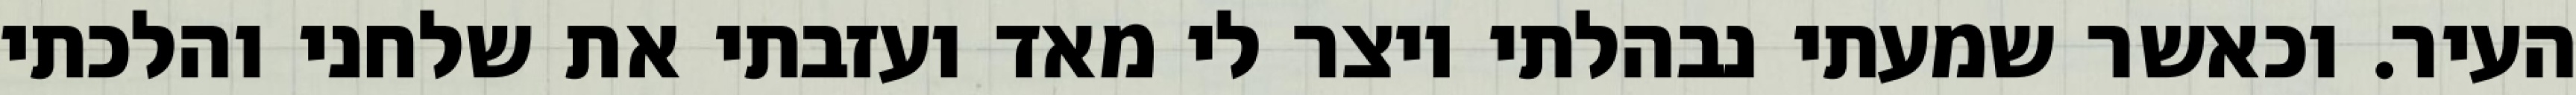
העיר. וכאשר שמעתי נבהלתי ויצר לי מאד ועזבתי את שלחני והלכתי